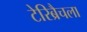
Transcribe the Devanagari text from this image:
टेरिब्रैचला